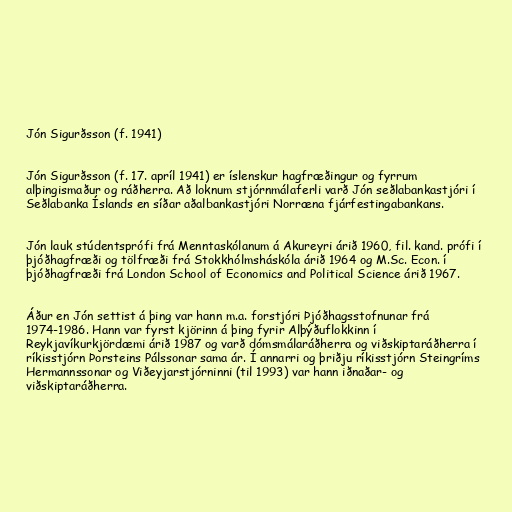
Jón Sigurðsson (f. 1941)

Jón Sigurðsson (f. 17. apríl 1941) er íslenskur hagfræðingur og fyrrum
alþingismaður og ráðherra. Að loknum stjórnmálaferli varð Jón seðlabankastjóri í
Seðlabanka Íslands en síðar aðalbankastjóri Norræna fjárfestingabankans.

Jón lauk stúdentsprófi frá Menntaskólanum á Akureyri árið 1960, fil. kand. prófi í
þjóðhagfræði og tölfræði frá Stokkhólmsháskóla árið 1964 og M.Sc. Econ. í
þjóðhagfræði frá London School of Economics and Political Science árið 1967.

Áður en Jón settist á þing var hann m.a. forstjóri Þjóðhagsstofnunar frá
1974-1986. Hann var fyrst kjörinn á þing fyrir Alþýðuflokkinn í
Reykjavíkurkjördæmi árið 1987 og varð dómsmálaráðherra og viðskiptaráðherra í
ríkisstjórn Þorsteins Pálssonar sama ár. Í annarri og þriðju ríkisstjórn Steingríms
Hermannssonar og Viðeyjarstjórninni (til 1993) var hann iðnaðar- og
viðskiptaráðherra.